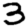
Digit: 3